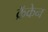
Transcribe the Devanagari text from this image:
क्रॅकेन